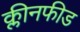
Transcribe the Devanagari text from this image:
क्लीनफीड